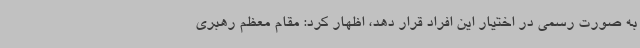
به صورت رسمی در اختیار این افراد قرار دهد، اظهار کرد: مقام معظم رهبری